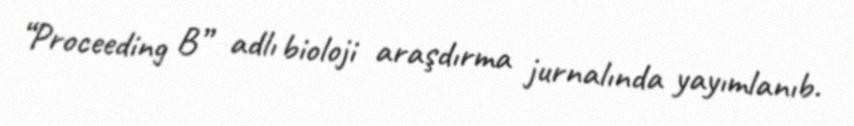
“Proceeding B” adlı bioloji araşdırma jurnalında yayımlanıb.